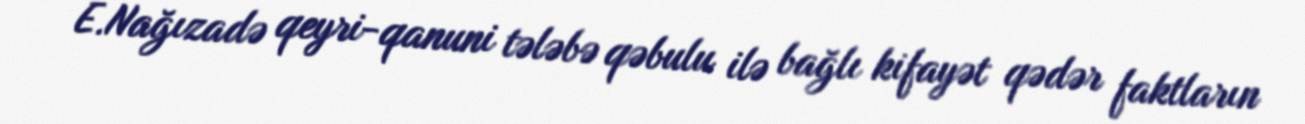
E.Nağızadə qeyri-qanuni tələbə qəbulu ilə bağlı kifayət qədər faktların